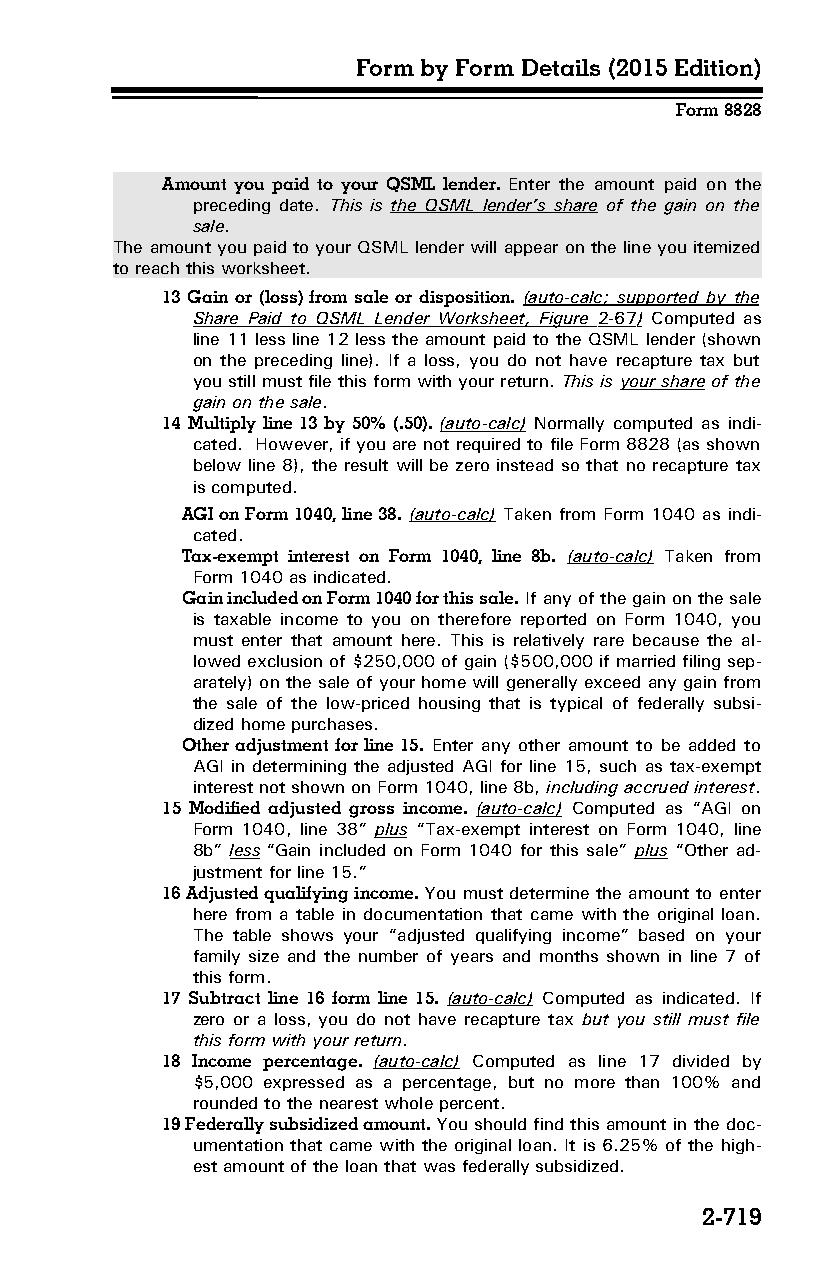
Form by Form Details (2015 Edition)
 Form 8828
 Amount you paid to your QSML lender. Enter the amount paid on the
 preceding date. This is the QSML lender’s share of the gain on the
 sale.
 The amount you paid to your QSML lender will appear on the line you itemized
 to reach this worksheet.
 13 Gain or (loss) from sale or disposition. (auto-calc; supported by the
 Share Paid to QSML Lender Worksheet, Figure 2-67 ) Computed as
 line 11 less line 12 less the amount paid to the QSML lender (shown
 on the preceding line). If a loss, you do not have recapture tax but
 you still must file this form with your return. This is your share of the
 gain on the sale.
 14 Multiply line 13 by 50% (.50). (auto-calc) Normally computed as indi­
 cated. However, if you are not required to file Form 8828 (as shown
 below line 8), the result will be zero instead so that no recapture tax
 is computed.
 AGI on Form 1040, line 38. (auto-calc) Taken from Form 1040 as indi­
 cated.
 Tax-exempt interest on Form 1040, line 8b. (auto-calc) Taken from
 Form 1040 as indicated.
 Gain included on Form 1040 for this sale. If any of the gain on the sale
 is taxable income to you on therefore reported on Form 1040, you
 must enter that amount here. This is relatively rare because the al­
 lowed exclusion of $250,000 of gain ($500,000 if married filing sep­
 arately) on the sale of your home will generally exceed any gain from
 the sale of the low-priced housing that is typical of federally subsi­
 dized home purchases.
 Other adjustment for line 15. Enter any other amount to be added to
 AGI in determining the adjusted AGI for line 15, such as tax-exempt
 interest not shown on Form 1040, line 8b, including accrued interest.
 15 Modified adjusted gross income. (auto-calc) Computed as “AGI on
 Form 1040, line 38” plus “Tax-exempt interest on Form 1040, line
 8b” less “Gain included on Form 1040 for this sale” plus “Other ad­
 justment for line 15.”
 16 Adjusted qualifying income. You must determine the amount to enter
 here from a table in documentation that came with the original loan.
 The table shows your “adjusted qualifying income” based on your
 family size and the number of years and months shown in line 7 of
 this form.
 17 Subtract line 16 form line 15. (auto-calc) Computed as indicated. If
 zero or a loss, you do not have recapture tax but you still must file
 this form with your return.
 18 Income percentage. (auto-calc) Computed as line 17 divided by
 $5,000 expressed as a percentage, but no more than 100% and
 rounded to the nearest whole percent.
 19 Federally subsidized amount. You should find this amount in the doc­
 umentation that came with the original loan. It is 6.25% of the high­
 est amount of the loan that was federally subsidized.
 2-719